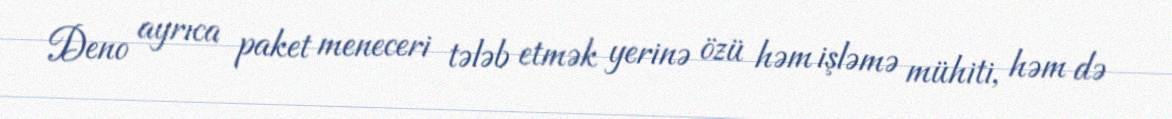
Deno ayrıca paket meneceri tələb etmək yerinə özü həm işləmə mühiti, həm də